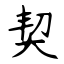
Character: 契